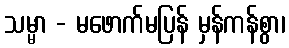
သမ္မာ - မဖောက်မပြန် မှန်ကန်စွာ၊